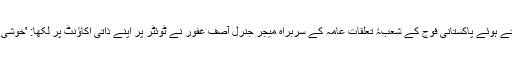
اسی ویڈیو کو ٹویٹ کرتے ہوئے پاکستانی فوج کے شعبۂ تعلقاتِ عامہ کے سربراہ میجر جنرل آصف غفور نے ٹوئٹر پر اپنے ذاتی اکاؤنٹ پر لکھا: 'خوشی ہے کہ آپ نے نقل کی۔